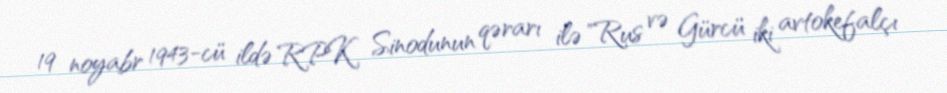
19 noyabr 1943-cü ildə RPK Sinodunun qərarı ilə "Rus və Gürcü iki avtokefalçı